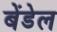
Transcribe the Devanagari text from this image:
बेंडेल